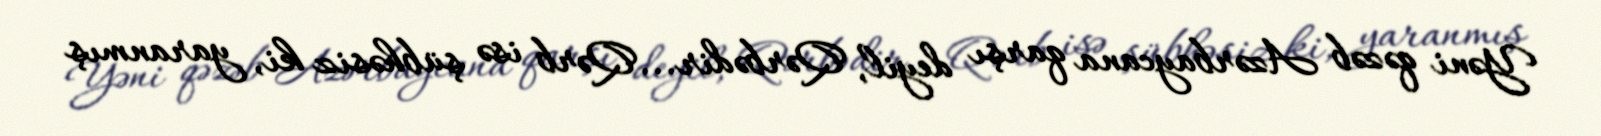
Yəni qəzəb Azərbaycana qarşı deyil, Qərbədir... Qərb isə şübhəsiz ki, yaranmış